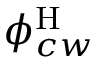
\phi _ { c w } ^ { \mathrm { H } }